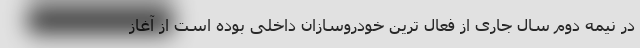
در نیمه دوم سال جاری از فعال ترین خودروسازان داخلی بوده است از آغاز